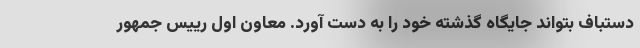
دستباف بتواند جایگاه گذشته خود را به دست آورد. معاون اول رییس جمهور